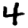
Digit: 4